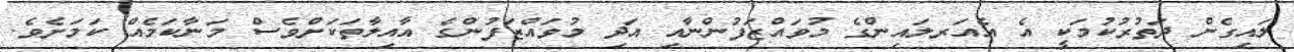
ލައިގެން ދަތުރުކުމަކީ އެ އެއަރލައިންގެ މުވައްޒަފުންނާއި އަދި މުވައްޒަފުންގެ އާއިލާތަކަށްވެސް މަނާކަމެއް ކަމަށެވެ.